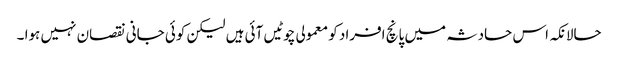
حالانکہ اس حادثہ میں پانچ افراد کو معمولی چوٹیں آئی ہیں لیکن کوئی جانی نقصان نہیں ہوا ۔